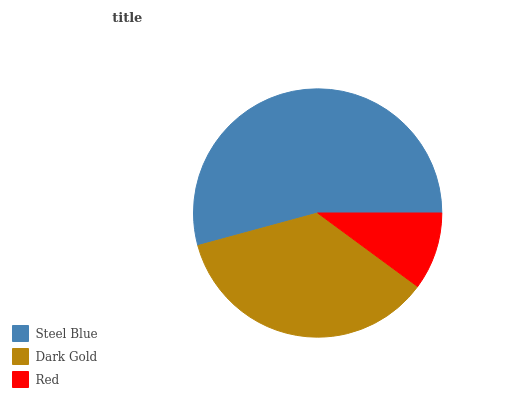
| Steel Blue | Dark Gold | Red |
 | --- | --- | --- |
 | 54.3% | 35.6% | 10.1% |